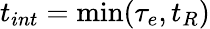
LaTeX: t_{int}=\operatorname*{min}(\tau_{e},t_{R})